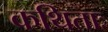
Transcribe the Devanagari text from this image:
कथिताः